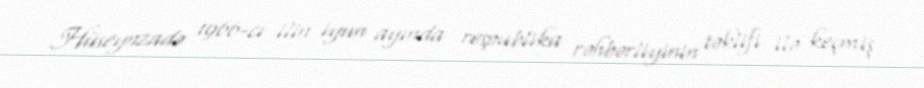
Hüseynzadə 1966-cı ilin iyun ayında respublika rəhbərliyinin təklifi ilə keçmiş